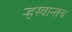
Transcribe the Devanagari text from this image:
ऱ्हस्वान्तच